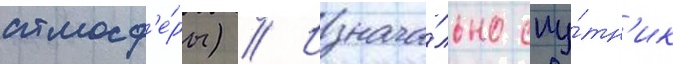
атмосф'е́ры) // Изнача́льно спу́тн'ик